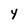
Character: 4